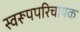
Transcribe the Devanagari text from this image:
स्वरूपपरिचायक